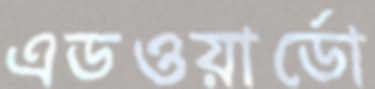
এডওয়ার্ডো